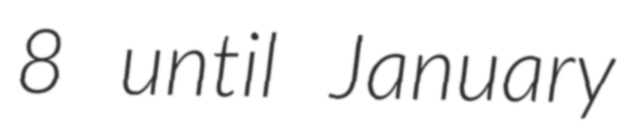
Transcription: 8 until January